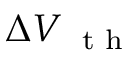
\Delta V _ { \mathrm { ~ \scriptsize ~ t ~ h ~ } }